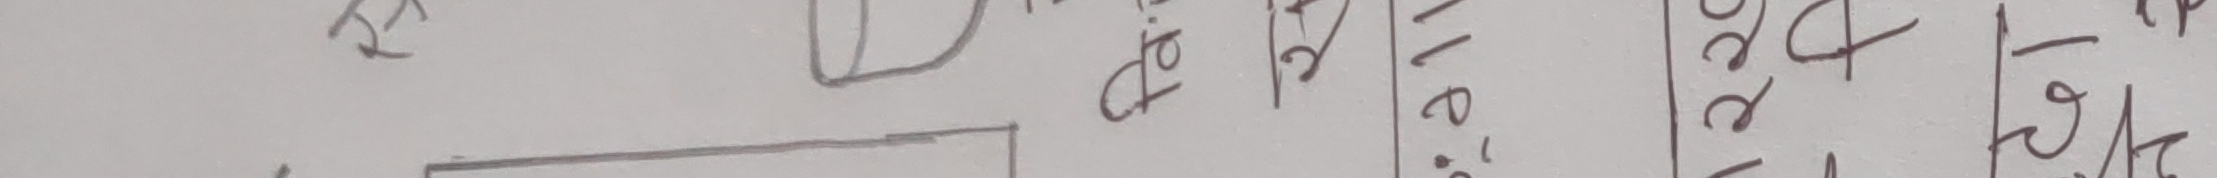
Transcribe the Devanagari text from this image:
हेर्नु होला।